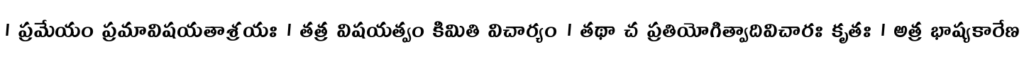
। ప్రమేయం ప్రమావిషయతాశ్రయః । తత్ర విషయత్వం కిమితి విచార్యం । తథా చ ప్రతియోగిత్వాదివిచారః కృతః । అత్ర భాష్యకారేణ